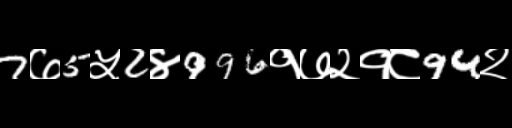
Text: 7७5५2४996१७२१८94२